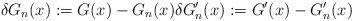
LaTeX: \begin{align*} \delta G_n(x) := G(x)- G_n(x) \delta G'_n(x) := G'(x)- G'_n(x)\end{align*}